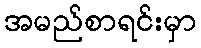
အမည်စာရင်းမှာ